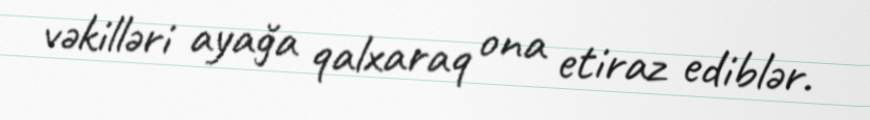
vəkilləri ayağa qalxaraq ona etiraz ediblər.